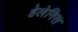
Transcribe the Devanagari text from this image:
हेलेनिस